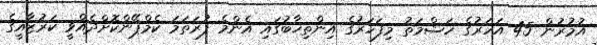
އުމުރުން 45 އަހަރުގެ ހަޝްމަތު މިފަހަރުގެ އިންތިޚާބުގައި އެންމެ ފުރަތަމަ ކެމްޕޭންކޮށްދެއްވީ ކަރުޒާއީގެ